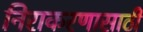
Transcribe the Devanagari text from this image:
निराकरणासाठी